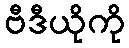
ဗီဒီယိုကို